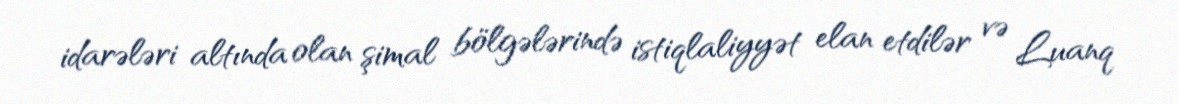
idarələri altında olan şimal bölgələrində istiqlaliyyət elan etdilər və Luanq